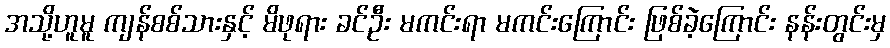
အသို့ဟူမူ ကျန်စစ်သားနှင့် မိဖုရား ခင်ဦး မကင်းရာ မကင်းကြောင်း ဖြစ်ခဲ့ကြောင်း နန်းတွင်းမှ